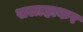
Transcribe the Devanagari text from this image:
सलाहाकर